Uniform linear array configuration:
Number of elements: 8
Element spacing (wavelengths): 0.5
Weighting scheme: cosine
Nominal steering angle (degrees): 30
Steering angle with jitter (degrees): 30.321
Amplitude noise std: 0.05
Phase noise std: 0.05

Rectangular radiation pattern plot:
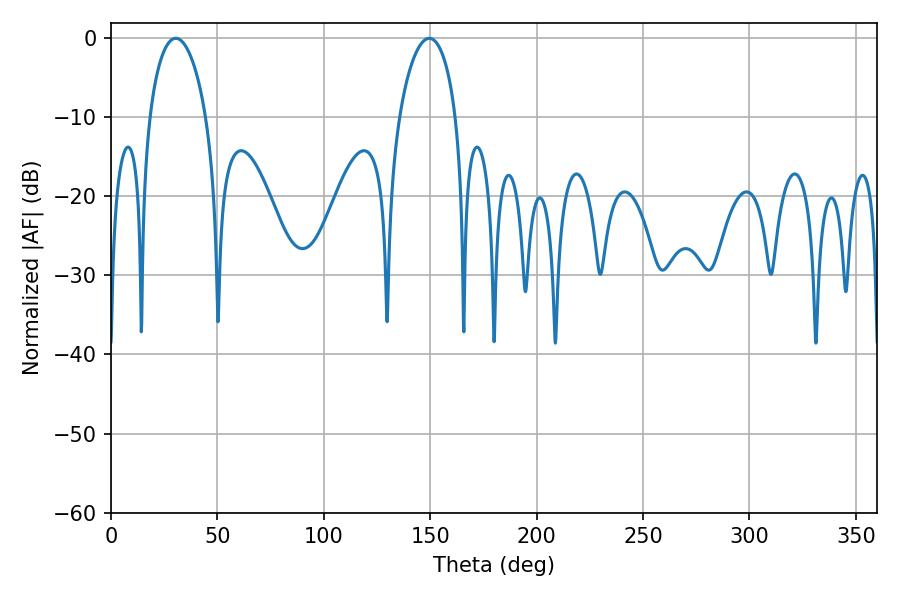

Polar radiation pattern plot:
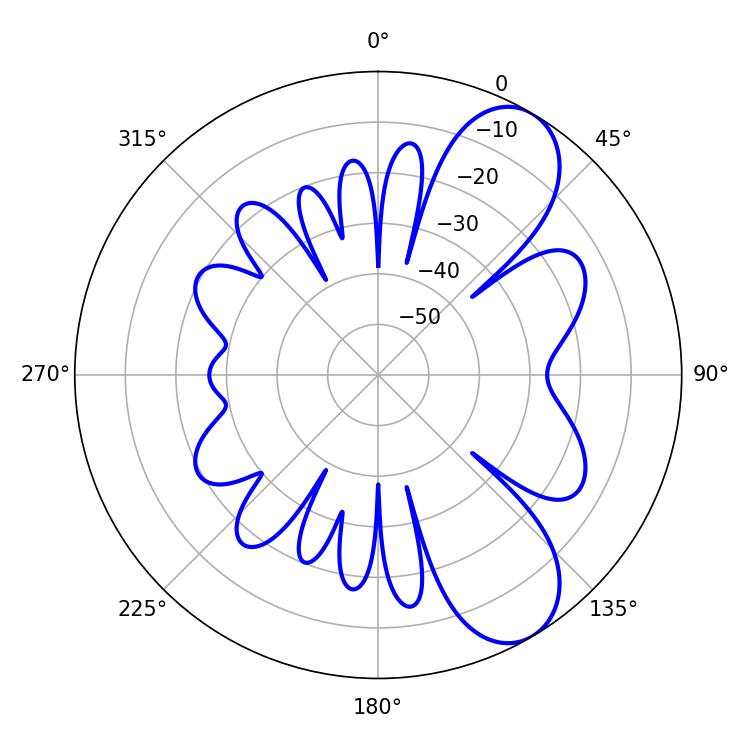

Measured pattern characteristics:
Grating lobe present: FALSE
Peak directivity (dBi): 8.362
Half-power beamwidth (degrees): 15.12
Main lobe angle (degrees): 30.42